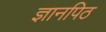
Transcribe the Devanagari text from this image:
ज्ञानपिठ